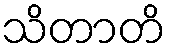
သိတာတိ